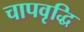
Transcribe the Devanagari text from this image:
चापवृद्धि